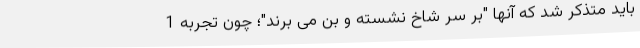
باید متذکر شد که آنها "بر سر شاخ نشسته و بُن می برند"؛ چون تجربه 1